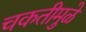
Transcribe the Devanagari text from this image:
चकतीमुळे